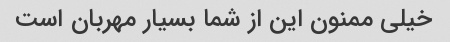
خیلی ممنون این از شما بسیار مهربان است